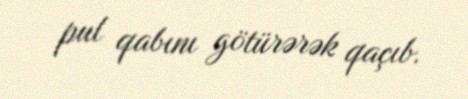
pul qabını götürərək qaçıb.